Annual report of the Imperial Bacteriologist
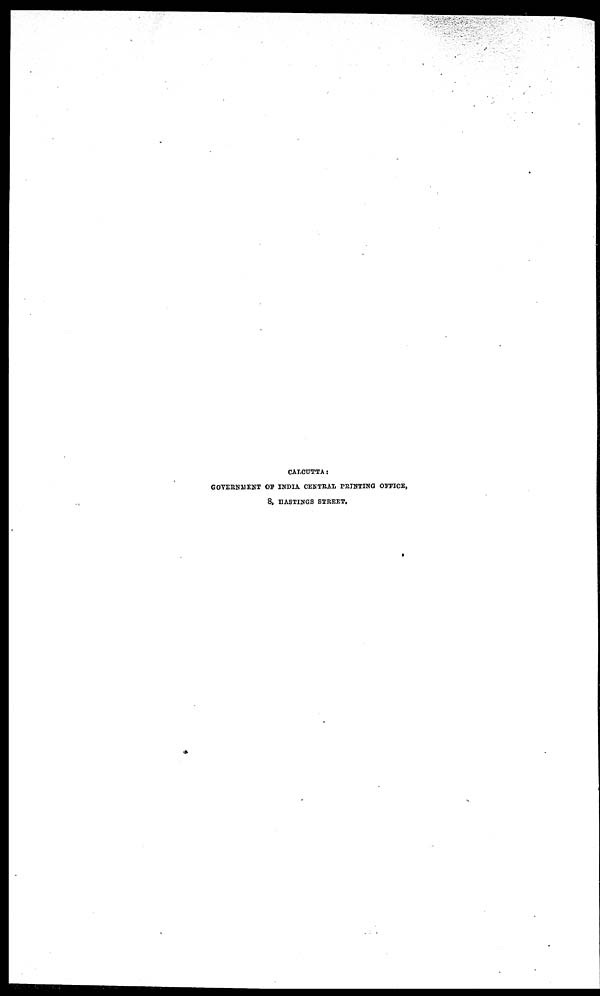
CALCUTTA :
GOVERNMENT OF INDIA CENTRAL PRINTING OFFICE,
8, HASTINGS STREET.